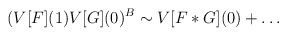
\begin{align*}(V[F](1) V[G](0)^B \sim V[F*G](0) + \dots\end{align*}